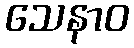
သေနာဝ